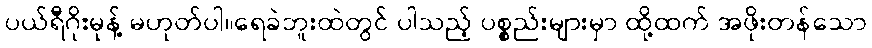
ပယ်ရီဂိုးမုန့် မဟုတ်ပါ။ရေခဲဘူးထဲတွင် ပါသည့် ပစ္စည်းများမှာ ထို့ထက် အဖိုးတန်သော